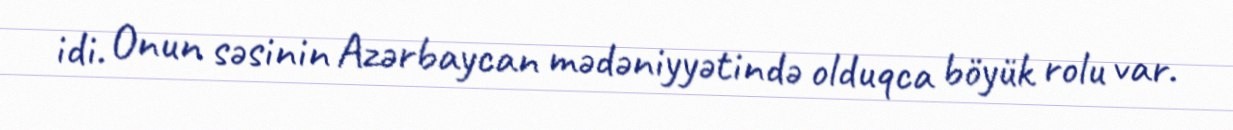
idi. Onun səsinin Azərbaycan mədəniyyətində olduqca böyük rolu var.